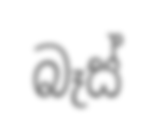
බෑස්